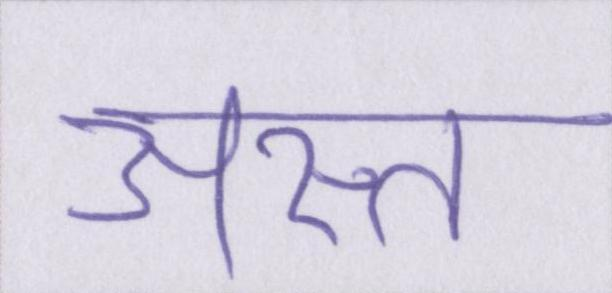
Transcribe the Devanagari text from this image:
अस्त